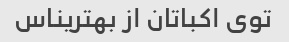
توی اکباتان از بهتریناس